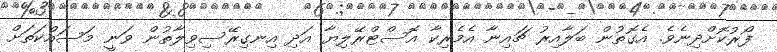
ފޯރުކޮށްދިނެވެ. އެގޮތުން ބަލާއިރު ޗައިނާ އެމެރިކާ އޮސްޓްރޭލިޔާ އަދި އިނގިރޭސިވިލާތުން ވަނީ މަސައްކަތަށް